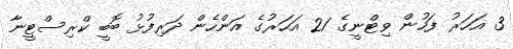
3 އަހަރު ފަހުން ވިޓްނީގެ 21 އަހަރުގެ އަންހެން ދަރިފުޅު ބޮބީ ކްރިސްޓީނާ